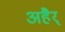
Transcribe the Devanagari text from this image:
अहैर्